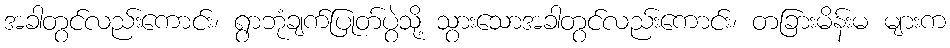
အခါတွင်လည်းကောင်း၊ ရွာဘုံချက်ပြုတ်ပွဲသို့ သွားသောအခါတွင်လည်းကောင်း၊ တခြားမိန်းမ များက